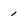
Character: 1